Annual returns of the Patna Lunatic Asylum at Bankipore in Bihar and Orissa - 1912-1924
Year: 1912
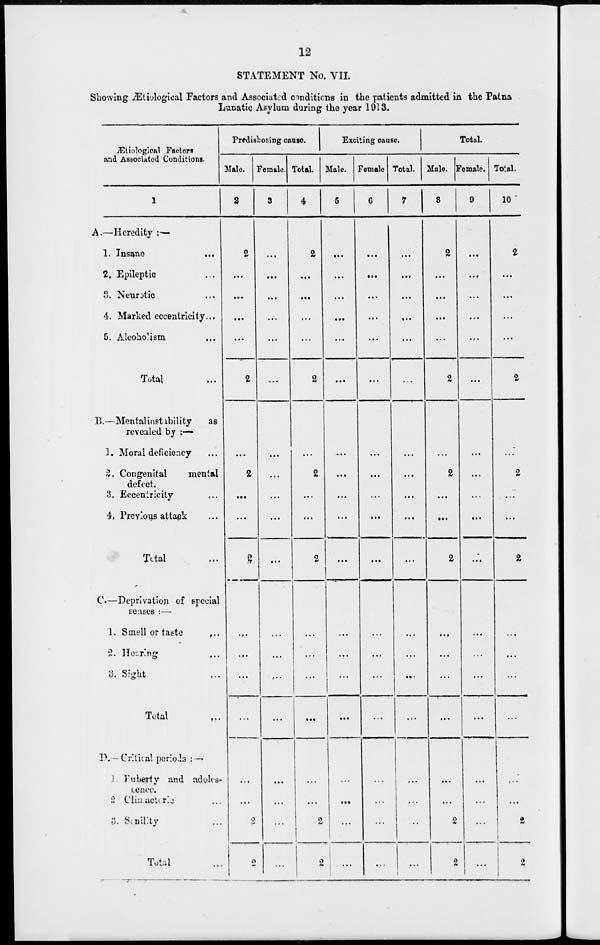
12
STATEMENT No. VII.
Showing Ætiological Factors and Associated conditions in the patients admitted in the Patna
Lunatic Asylum during the year 1913.
Ætiological Factors
and Associated Conditions.
1
A.—Heredity :—
1. Insane
...
2. Epileptic ...
3. Neurotic ...
4. Marked eccentricity ...
5. Alcoholism ...
Total ...
B.—Mentalinstability
as
revealed by :—
1. Moral deficiency ...
2. Congenital
mental
defect.
3. Eccentricity ...
4. Previous attack ...
Total ...
C.—Deprivation of special
senses :—
1. Smell or taste
...
2. Hearing ...
3. Sight ...
Total ...
D. — Critical periods : —
1 Puberty and adoles-
cence.
2 Climateric ...
3. Senility ...
Total ...
Predisposing cause.
Male.
2
2
...
...
...
...
2
...
2
...
...
2
...
...
...
...
...
...
2
2
Female.
3
...
...
...
...
...
...
...
...
...
...
...
...
...
...
...
...
...
...
...
Total.
4
2
...
...
...
...
2
2
...
...
2
...
...
...
...
...
...
2
2
Exciting cause.
Male.
5
...
...
...
...
...
...
...
...
...
...
...
...
...
...
...
...
...
...
...
Female
6
...
...
...
...
...
...
...
...
...
...
...
...
...
...
...
...
...
...
...
Total.
7
...
...
...
...
...
...
...
...
...
...
...
...
...
...
...
...
...
...
...
Total.
Male.
8
2
...
...
...
...
2
...
2
...
...
2
...
...
...
...
...
...
2
2
Female.
9
...
...
...
...
...
...
...
...
...
...
...
...
...
...
...
...
...
...
...
Total.
10
2
...
...
...
...
2
...
2
...
...
2
...
...
...
...
...
...
2
2